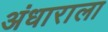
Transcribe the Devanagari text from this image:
अंधाराला